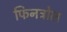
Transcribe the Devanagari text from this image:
फिनट्रोल